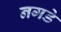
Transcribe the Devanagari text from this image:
नगडे